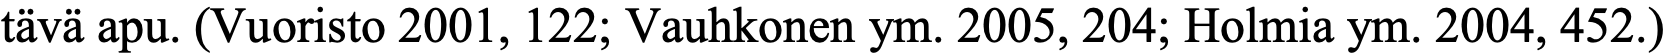
tävä apu. (Vuoristo 2001, 122; Vauhkonen ym. 2005, 204; Holmia ym. 2004, 452.)